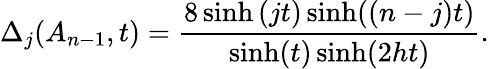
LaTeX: \Delta_{j}(A_{n-1},t)=\frac{8\sinh\left(jt\right)\sinh((n-j)t)}{\sinh(t)\sinh(2ht)}.